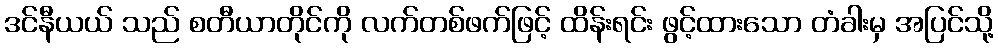
ဒင်နီယယ် သည် စတီယာတိုင်ကို လက်တစ်ဖက်ဖြင့် ထိန်းရင်း ဖွင့်ထားသော တံခါးမှ အပြင်သို့